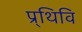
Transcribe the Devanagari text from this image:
प्र्थिवि